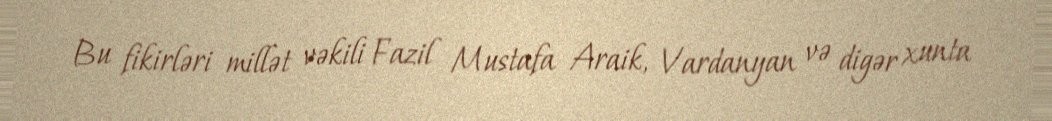
Bu fikirləri millət vəkili Fazil Mustafa Araik, Vardanyan və digər xunta